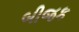
બીજક